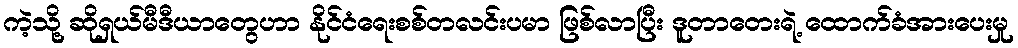
ကဲ့သို့ ဆိုရှယ်မီဒီယာတွေဟာ နိုင်ငံရေးစစ်တလင်းပမာ ဖြစ်လာပြီး ဒူတာတေးရဲ့ ထောက်ခံအားပေးမှု